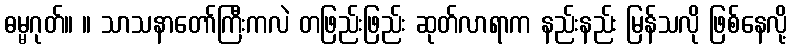
ဓမ္မဂုတ်။ ။ သာသနာတော်ကြီးကလဲ တဖြည်းဖြည်း ဆုတ်လာရာက နည်းနည်း မြန်သလို ဖြစ်နေလို့